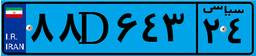
۴۸D۹۸۷۲۳